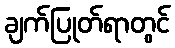
ချက်ပြုတ်ရာတွင်